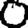
Digit: 0